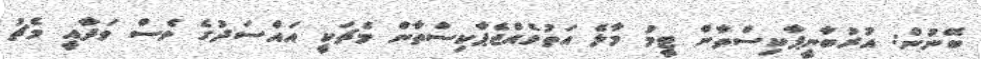
ބޭނުން: އުރުބާނީޕާކިސްތާން ޓީމު މާލެ އަތުވެއްޖެޕާކިސްތާން މެޗަކީ އައްސަދުގެ ވެސް ވަދާއީ މެޗު